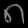
Digit: ၈